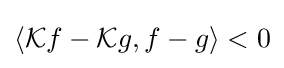
\langle {\mathcal {K}}f-{\mathcal {K}}g,f-g\rangle <0